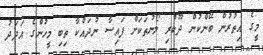
މީގެ އިތުރުން ބޭންކުން ދޫކުރި ލޯނުތަކަށް ފައިސާ ނުދައްކާ ތިބި މީހުންގެ އަދަދު